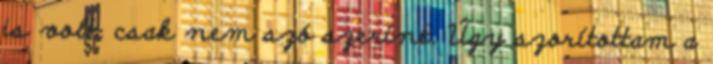
is volt, csak nem szó szerint. Úgy szorítottam a